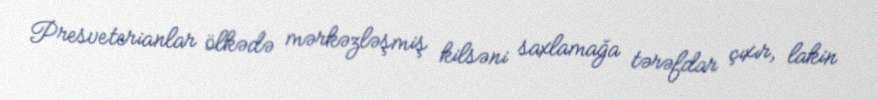
Presveterianlar ölkədə mərkəzləşmiş kilsəni saxlamağa tərəfdar çıxır, lakin